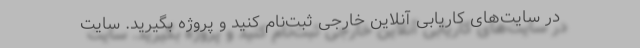
در سایت‌های کاریابی آنلاین خارجی ثبت‌نام کنید و پروژه بگیرید. سایت